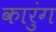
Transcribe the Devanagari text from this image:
कारुंग